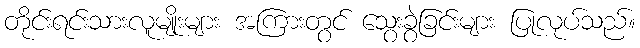
တိုင်းရင်းသားလူမျိုးများ အကြားတွင် သွေးခွဲခြင်းများ ပြုလုပ်သည်။